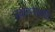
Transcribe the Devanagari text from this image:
संकल्पनेसाठी